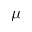
\mu